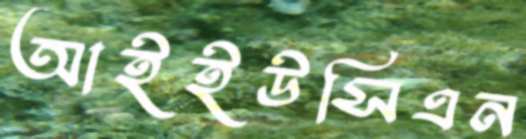
আইইউসিএন